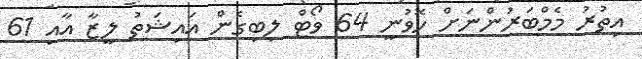
އިތުރު މެމްބަރުންނަށް ހޮވުނީ 64 ވޯޓް ލިބިގެން އައިޝަތު ލީޒާ އާއި 61